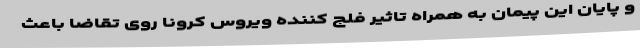
و پایان این پیمان به همراه تاثیر فلج کننده ویروس کرونا روی تقاضا باعث